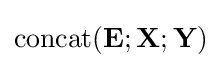
{\text{concat}}(\mathbf {E} ;\mathbf {X} ;\mathbf {Y} )